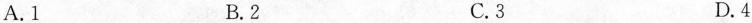
A.1 B.2 C.3 D.4